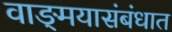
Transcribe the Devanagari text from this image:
वाङ्‌मयासंबंधात